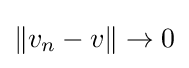
\left\|v_{n}-v\right\|\to 0